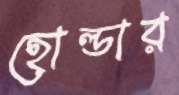
হোল্ডার